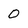
Character: 0